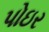
પોઇર